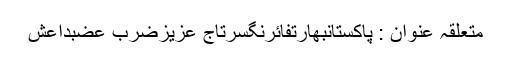
متعلقہ عنوان : پاکستانبھارتفائرنگسرتاج عزیزضرب عضبداعش